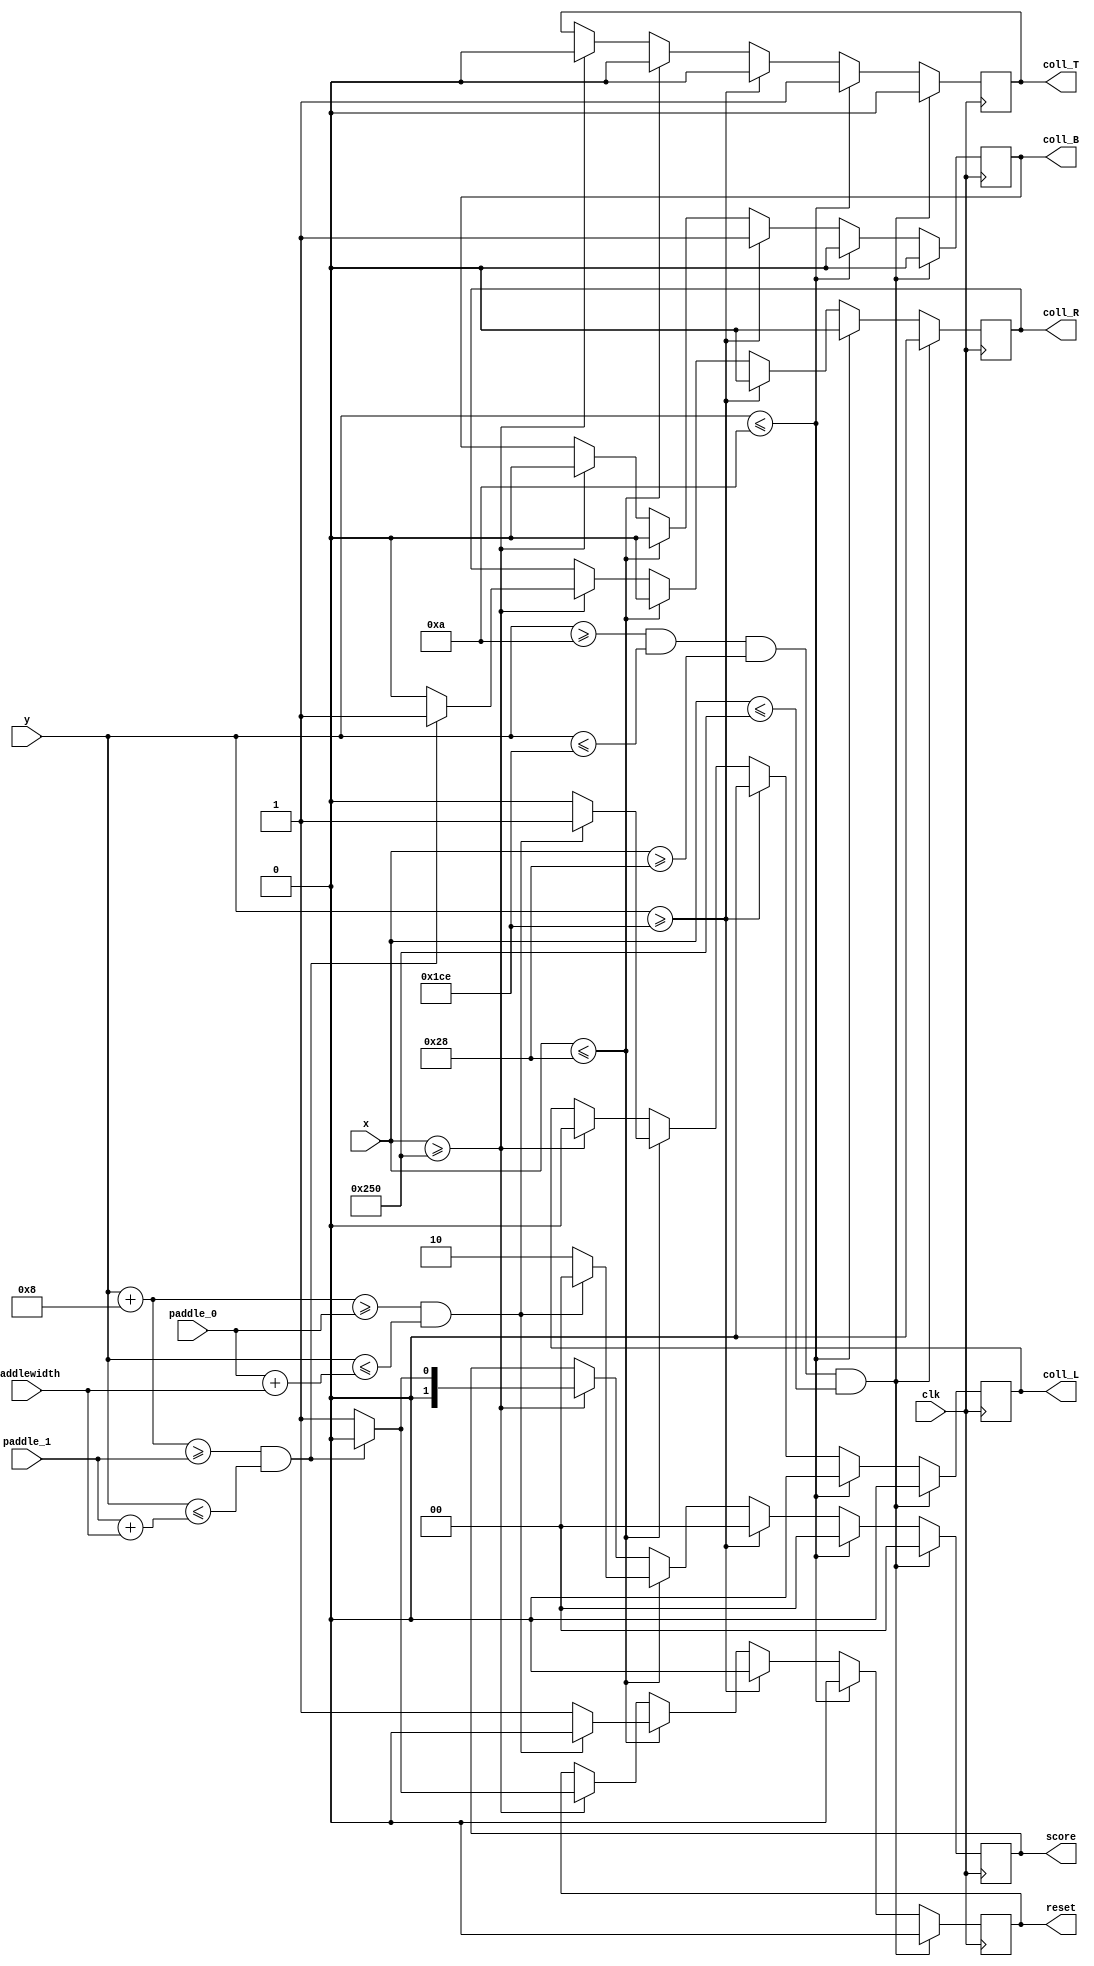
`timescale 1ns / 1ps

// Calculating the collision properties

module Collision(coll_L, coll_R, coll_T, coll_B, reset, score, 
						x, y, paddle_0, paddle_1, clk, paddlewidth);
    
	input [9:0] x;
	input [8:0] y;
	input [8:0] paddle_0, paddle_1;
	input clk;
	input [5:0] paddlewidth;
	
	output reg coll_L, coll_R, coll_T, coll_B, reset;
	output reg [1:0] score;
	
	always @ (posedge clk) begin
		if (y >= 10 && y <= (480 - 8 - 10) && x >= 40 && x <= (600 - 8)) begin   // Determine if the ball is in criticle are, ie. near a wall or paddle.
			coll_L <= 0;
			coll_R <= 0;
			coll_T <= 0;
			coll_B <= 0;
			reset <= 0;
			score <= 0;
		end
		else begin		//If the ball is in a criticle position:
			if (y <= 10) begin		//If near the ball is at the top set coll_T ==1
				coll_L <= 0;
				coll_R <= 0;
				coll_T <= 1;
				coll_B <= 0;
				reset <= 0;
				score <= 0;
			end
			else if ( y >= (480 - 8 - 10)) begin	//If near the ball is at the botom set coll_B ==1
				coll_L <= 0;
				coll_R <= 0;
				coll_T <= 0;
				coll_B <= 1;
				reset <= 0;
				score <= 0;
			end
			else if (x <= 40) begin	
				if ((y + 8) >= paddle_0 && (y) <= paddle_0 + paddlewidth) begin	//If ball passes the left paddle
					coll_L <= 1;
					coll_R <= 0;
					coll_T <= 0;
					coll_B <= 0;
					reset <= 0;
					score <= 0;
				end
				else begin
					coll_L <= 0;
					coll_R <= 0;
					coll_T <= 0;
					coll_B <= 0;
					reset <= 1;
					score <= 2;		//gives a point to player 2 "10"					
				end
			end
			else if (x >= (600 - 8)) begin
				if ((y + 8) >= paddle_1 && (y) <= paddle_1 + paddlewidth) begin
					coll_L <= 0;
					coll_R <= 1;
					coll_T <= 0;
					coll_B <= 0;
					reset <= 0;
					score <= 0;	
				end
				else begin
					coll_L <= 0;
					coll_R <= 0;
					coll_T <= 0;
					coll_B <= 0;
					reset <= 1;
					score <= 1;		//gives a point to player 1 "01"						
				end
			end
		end
	end
endmodule